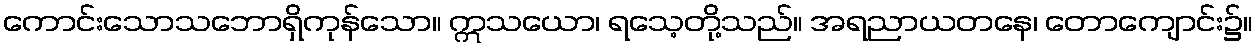
ကောင်းသောသဘောရှိကုန်သော။ ဣသယော၊ ရသေ့တို့သည်။ အရညာယတနေ၊ တောကျောင်း၌။